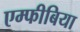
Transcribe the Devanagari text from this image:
एम्‍फीबिया